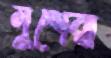
নুশেরা